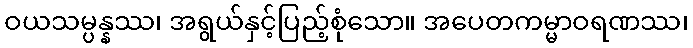
ဝယသမ္ပန္နဿ၊ အရွယ်နှင့်ပြည့်စုံသော။ အပေတကမ္မာဝရဏဿ၊